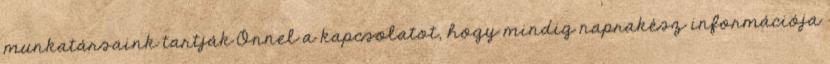
munkatársaink tartják Önnel a kapcsolatot, hogy mindig naprakész információja